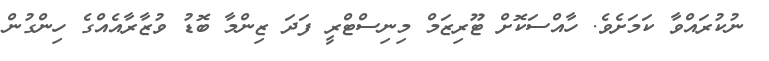
ނުކުރައްވާ ކަމަށެވެ. ހާއްސަކޮށް ޓޫރިޒަމް މިނިސްޓްރީ ފަދަ ޒިންމާ ބޮޑު ވުޒާރާއެއްގެ ހިންގުން